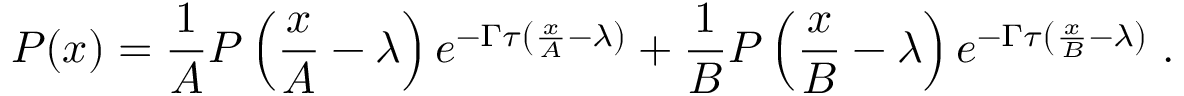
P ( x ) = \frac { 1 } { A } P \left( \frac { x } { A } - \lambda \right) e ^ { - \Gamma \tau \left( \frac { x } { A } - \lambda \right) } + \frac { 1 } { B } P \left( \frac { x } { B } - \lambda \right) e ^ { - \Gamma \tau \left( \frac { x } { B } - \lambda \right) } \; .